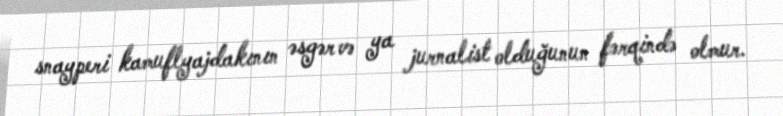
snayperi kamuflyajdakının əsgər və ya jurnalist olduğunun fərqində olmur.